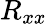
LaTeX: R_{xx}